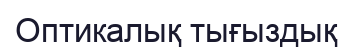
Оптикалық тығыздық